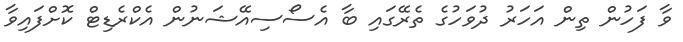
ވާ ފަހުން ތިން އަހަރު ދުވަހުގެ ތެރޭގައި ބާ އެސޯސިއޭޝަނުން އެކްރެޑިޓް ކޮށްފައިވާ